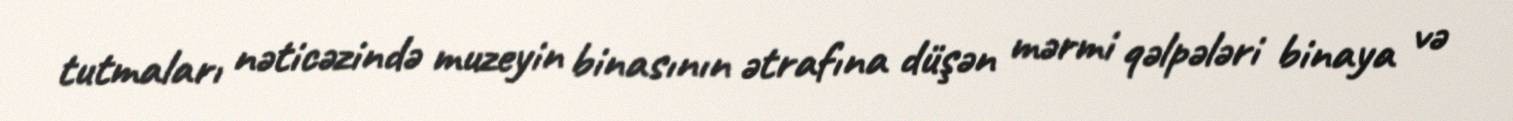
tutmaları nəticəzində muzeyin binasının ətrafına düşən mərmi qəlpələri binaya və